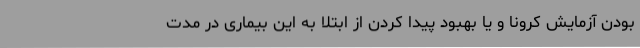
بودن آزمایش کرونا و یا بهبود پیدا کردن از ابتلا به این بیماری در مدت